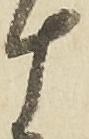
十